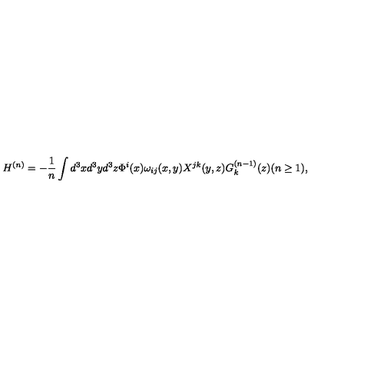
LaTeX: H ^ { ( n ) } = - \frac { 1 } { n } \int d ^ { 3 } x d ^ { 3 } y d ^ { 3 } z \Phi ^ { i } ( x ) \omega _ { i j } ( x , y ) X ^ { j k } ( y , z ) G _ { k } ^ { ( n - 1 ) } ( z ) ( n \geq 1 ) ,